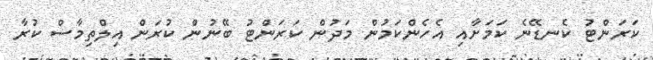
ކަރަންޓު ކެނޑޭނެ ކަމަށާއި އެހެންކަމުން މަދުން ކަރަންޓު ބޭނުން ކުރަން އިލްތިމާސް ކުރާ